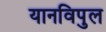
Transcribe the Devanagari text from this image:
यानविपुल